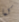
كما